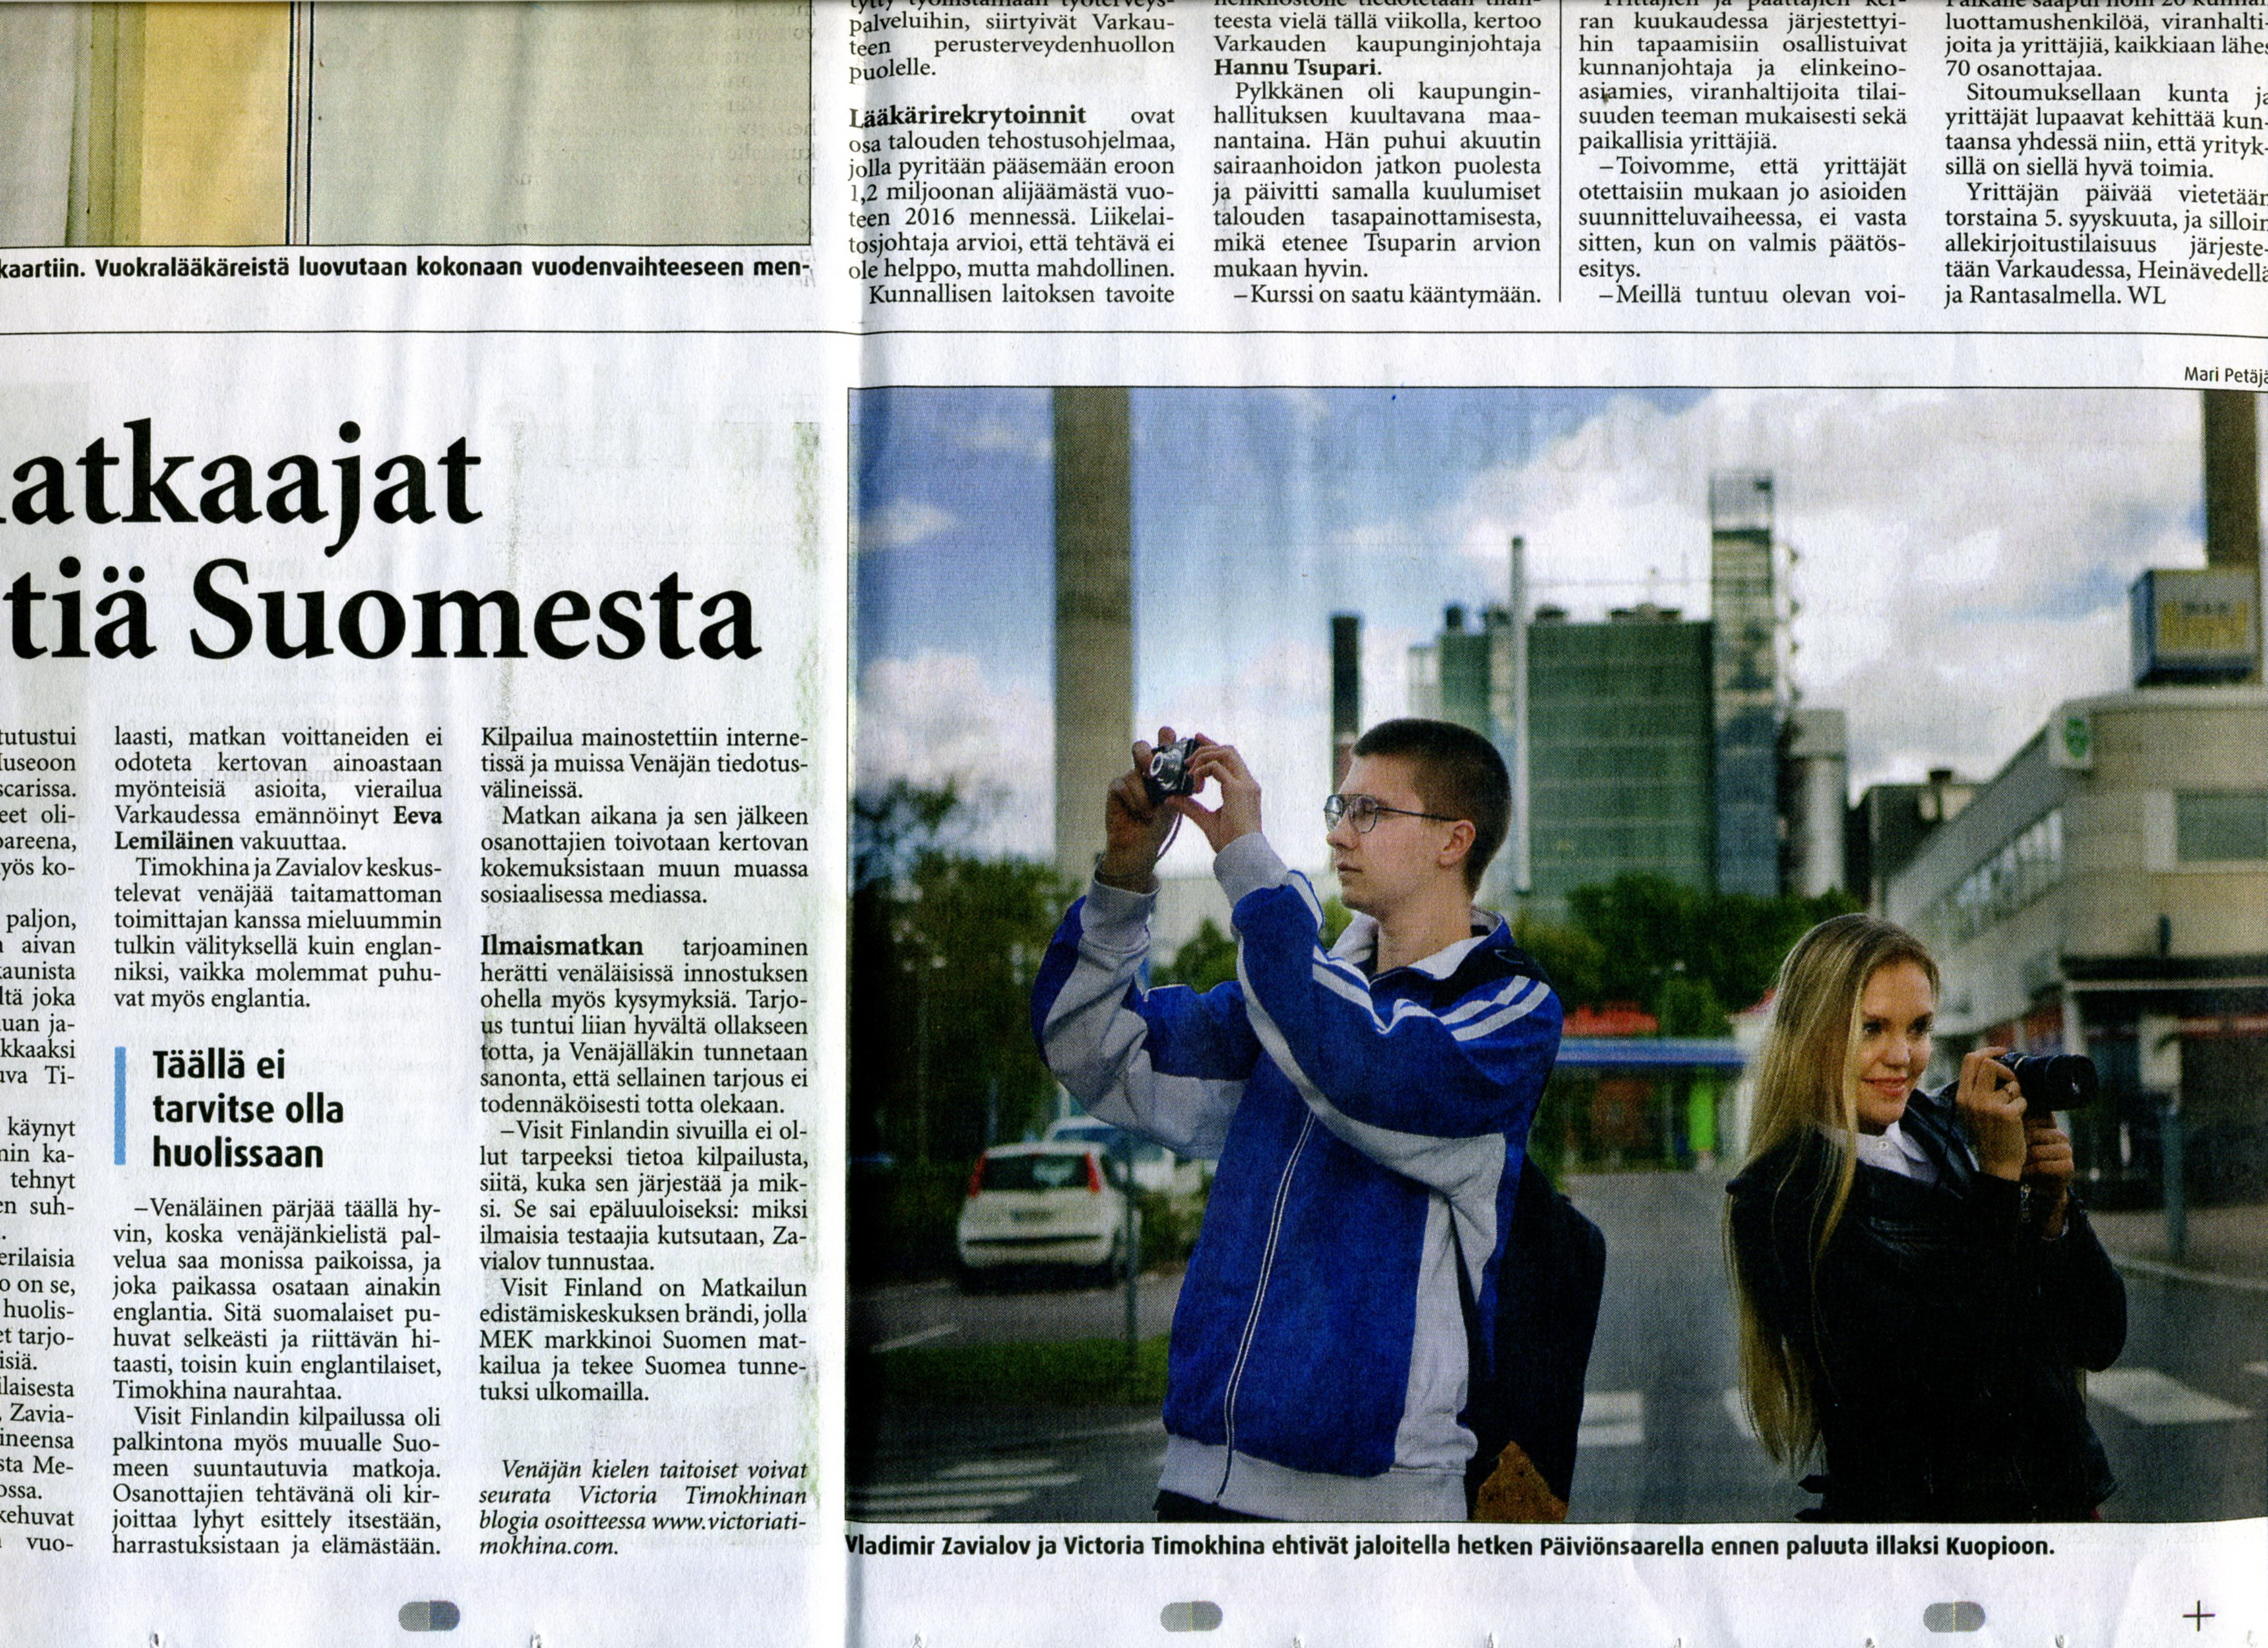
Language: fn